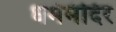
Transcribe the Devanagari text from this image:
धर्ममंदिर